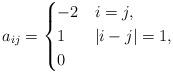
LaTeX: \begin{align*} a_{ij} = \begin{cases} -2 & i = j, \\ 1 & |i - j| = 1,\\ 0 & \end{cases} \end{align*}